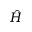
\hat { H }